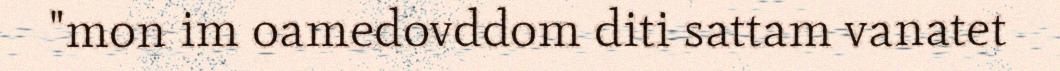
"mon im oamedovddom diti sattam vanatet